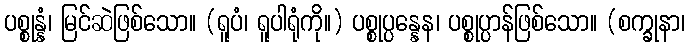
ပစ္စုန္နံ၊ မြင်ဆဲဖြစ်သော။ (ရူပံ၊ ရူပါရုံကို။) ပစ္စုပ္ပန္နေန၊ ပစ္စုပ္ပာန်ဖြစ်သော။ (စက္ခုနာ၊